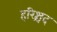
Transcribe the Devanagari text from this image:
हरिश्चंद